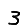
Digit: 3